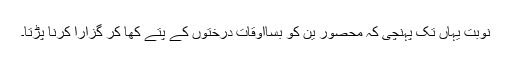
نوبت یہاں تک پہنچی کہ محصور ین کو بسااوقات درختوں کے پتے کھا کر گزارا کرنا پڑتا۔